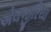
એલજીરિયા